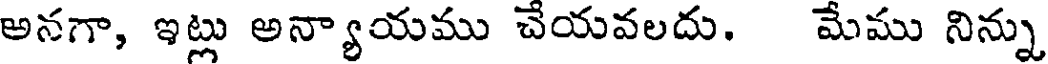
అనగా, ఇట్లు అన్యాయము చేయవలదు. మేము నిన్ను